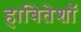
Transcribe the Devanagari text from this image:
हाबितेशॉ